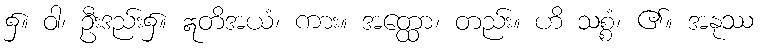
၌။ ဝါ၊ ဦးဒည်း၌။ ဣတိအယံ၊ ကား။ အတ္ထော၊ တည်း။ ဟိ သစ္စံ၊ ၏။ အနုဿ